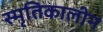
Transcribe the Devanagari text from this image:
स्मृतिकालीन